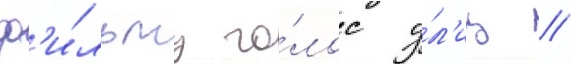
ф'и́льму го́лос у́л'иц //